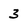
Character: 3